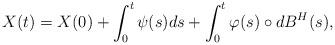
LaTeX: \begin{align*} X(t)=X(0)+\int_0^t \psi(s) ds + \int_0^t \varphi(s) \circ dB^{H}(s),\end{align*}